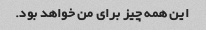
این همه چیز برای من خواهد بود.